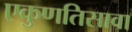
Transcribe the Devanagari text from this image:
एकुणतिसावा